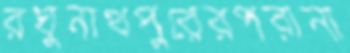
রঘুনাথপুরেরপরানা